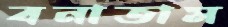
বনাতাম